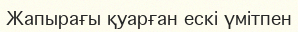
Жапырағы қуарған ескі үмітпен